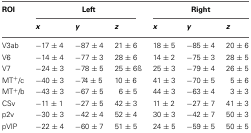
| ROI | <COLSPAN=3> Left | <COLSPAN=3> Right |
 |  | x | y | z | x | y | z |
 | --- | --- | --- | --- | --- | --- | --- |
 | V3ab | −17 ± 4 | −87 ± 4 | 21 ± 6 | 18 ± 5 | −85 ± 4 | 20 ± 6 |
 | V6 | −14 ± 4 | −77 ± 3 | 28 ± 6 | 14 ± 2 | −75 ± 3 | 28 ± 5 |
 | V7 | −24 ± 3 | −78 ± 5 | 25 ± 6ß | 25 ± 3 | −79 ± 4 | 26 ± 5 |
 | MT+/c | −40 ± 3 | −74 ± 5 | 10 ± 6 | 41 ± 3 | −70 ± 5 | 5 ± 6 |
 | MT+/b | −43 ± 3 | −67 ± 5 | 6 ± 5 | 44 ± 3 | −63 ± 4 | 3 ± 3 |
 | CSv | −11 ± 1 | −27 ± 5 | 42 ± 3 | 11 ± 2 | −27 ± 7 | 41 ± 3 |
 | p2v | −30 ± 3 | −42 ± 4 | 52 ± 4 | 30 ± 3 | −42 ± 7 | 50 ± 3 |
 | pVIP | −22 ± 4 | −60 ± 7 | 51 ± 5 | 24 ± 5 | −59 ± 5 | 50 ± 5 |